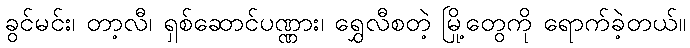
ခွင်မင်း၊ တာ့လီ၊ ရှစ်ဆောင်ပဏ္ဏား၊ ရွှေလီစတဲ့ မြို့တွေကို ရောက်ခဲ့တယ်။